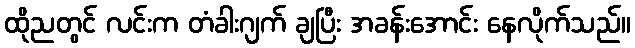
ထိုညတွင် လင်းက တံခါးဂျက် ချပြီး အခန်းအောင်း နေလိုက်သည်။